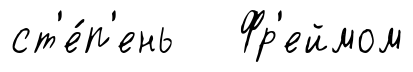
ст'е́п'ень Фр'еймом